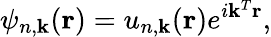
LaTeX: \psi_{n,\mathbf{k}}(\mathbf{r})=u_{n,\mathbf{k}}(\mathbf{r})e^{i\mathbf{k}^{T}\mathbf{r}},